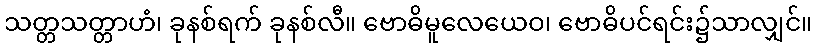
သတ္တသတ္တာဟံ၊ ခုနစ်ရက် ခုနစ်လီ။ ဗောဓိမူလေယေဝ၊ ဗောဓိပင်ရင်း၌သာလျှင်။